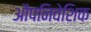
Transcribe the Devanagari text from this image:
औपनिवेशिक